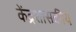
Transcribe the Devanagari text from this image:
केंद्रशासकीय